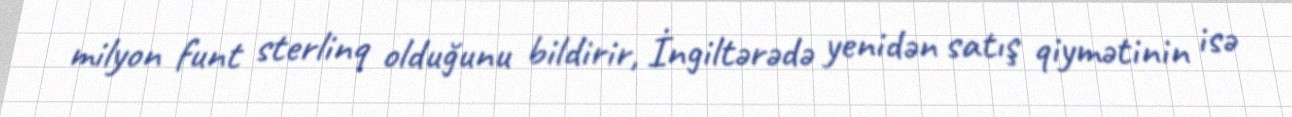
milyon funt sterlinq olduğunu bildirir, İngiltərədə yenidən satış qiymətinin isə